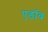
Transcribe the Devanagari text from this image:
ऍ़डॉब